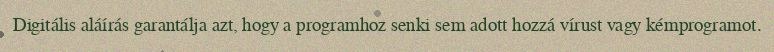
Digitális aláírás garantálja azt, hogy a programhoz senki sem adott hozzá vírust vagy kémprogramot.